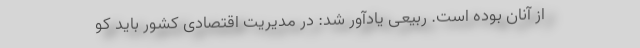
از آنان بوده است. ربیعی یادآور شد: در مدیریت اقتصادی کشور باید کو